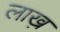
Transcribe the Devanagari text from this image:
लाख़